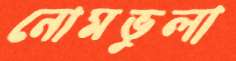
নোমভুলা